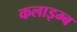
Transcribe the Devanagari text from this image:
कलाइम्ब